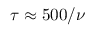
\tau \approx 5 0 0 / \nu